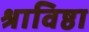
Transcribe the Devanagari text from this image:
श्राविष्ठा